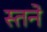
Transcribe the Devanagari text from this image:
स्तने